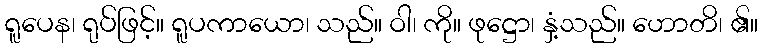
ရူပေန၊ ရုပ်ဖြင့်။ ရူပကာယော၊ သည်။ ဝါ၊ ကို။ ဖုဋ္ဌော၊ နှံ့သည်။ ဟောတိ၊ ၏။